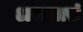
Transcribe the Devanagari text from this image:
अनायासं